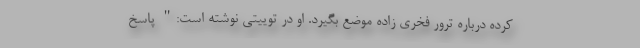
کرده درباره ترور فخری زاده موضع بگیرد. او در توییتی نوشته است:" پاسخ